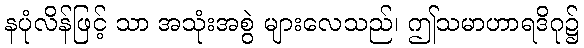
နပုံလိန်ဖြင့် သာ အသုံးအစွဲ များလေသည်၊ ဤသမာဟာရဒိဂု၌